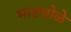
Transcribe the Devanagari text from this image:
भाडभोळे